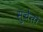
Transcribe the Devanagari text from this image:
सुचेतो